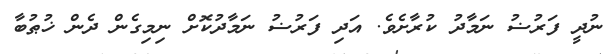
ނުދީ ފަރުޟު ނަމާދު ކުރާށެވެ. އަދި ފަރުޟު ނަމާދުކޮށް ނިމިގެން ދެން ޚުޠުބާ